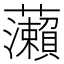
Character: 𬟣